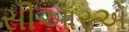
સીઆરએ